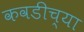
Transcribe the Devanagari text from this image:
कवडीच्या